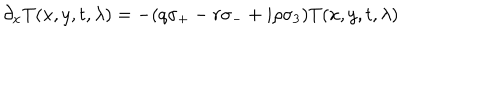
\partial _ { x } T ( x , y , t , \lambda ) = - ( q \sigma _ { + } - r \sigma _ { - } + i \rho \sigma _ { 3 } ) T ( x , y , t , \lambda )